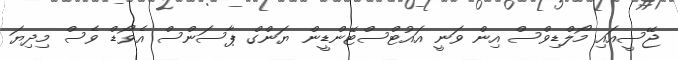
ޖޭސީއައި މޯލްޑިވްސް އިން ވަނީ އައުޓްސްޓޭންޑީން ޔަންގް ޕާސަންސް އެވޯޑް ވެސް މިދިޔަ